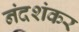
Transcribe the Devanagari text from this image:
नंदशंकर